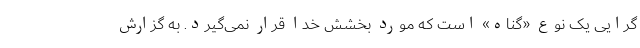
گرایی یک نوع «گناه» است که مورد بخشش خدا قرار نمی‌گیرد. به گزارش